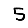
Digit: 5